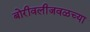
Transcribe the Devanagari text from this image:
बोरीवलीजवळच्या